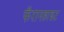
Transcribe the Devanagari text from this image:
फॅरानहाइट